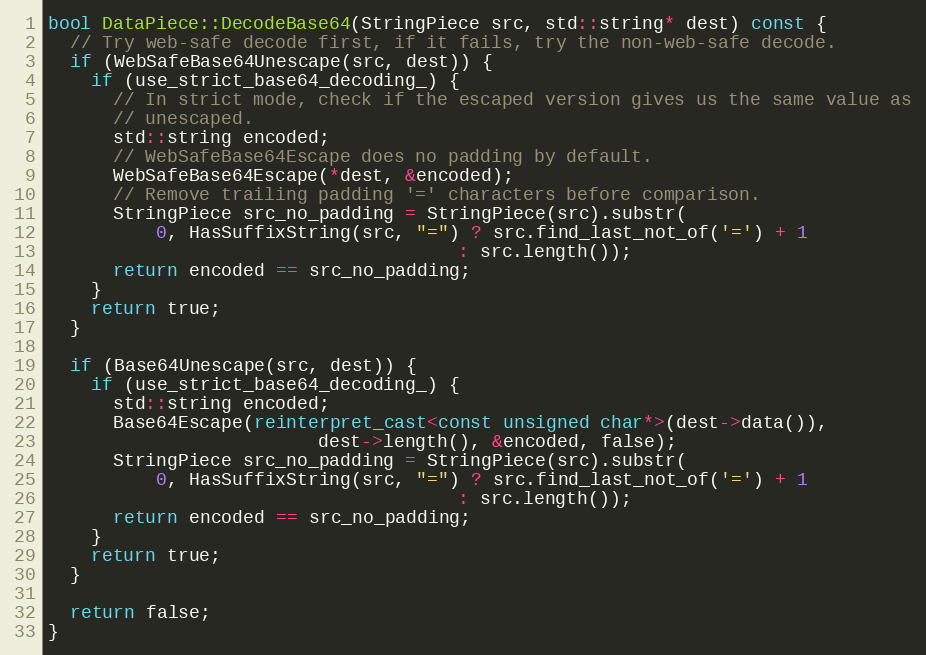
Language: C++
bool DataPiece::DecodeBase64(StringPiece src, std::string* dest) const {
  // Try web-safe decode first, if it fails, try the non-web-safe decode.
  if (WebSafeBase64Unescape(src, dest)) {
    if (use_strict_base64_decoding_) {
      // In strict mode, check if the escaped version gives us the same value as
      // unescaped.
      std::string encoded;
      // WebSafeBase64Escape does no padding by default.
      WebSafeBase64Escape(*dest, &encoded);
      // Remove trailing padding '=' characters before comparison.
      StringPiece src_no_padding = StringPiece(src).substr(
          0, HasSuffixString(src, "=") ? src.find_last_not_of('=') + 1
                                      : src.length());
      return encoded == src_no_padding;
    }
    return true;
  }

  if (Base64Unescape(src, dest)) {
    if (use_strict_base64_decoding_) {
      std::string encoded;
      Base64Escape(reinterpret_cast<const unsigned char*>(dest->data()),
                         dest->length(), &encoded, false);
      StringPiece src_no_padding = StringPiece(src).substr(
          0, HasSuffixString(src, "=") ? src.find_last_not_of('=') + 1
                                      : src.length());
      return encoded == src_no_padding;
    }
    return true;
  }

  return false;
}